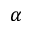
\alpha